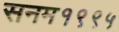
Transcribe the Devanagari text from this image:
सनम१९९५